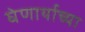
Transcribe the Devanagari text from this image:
घेणार्याच्या